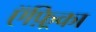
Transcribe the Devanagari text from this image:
ऍफ़्रिका